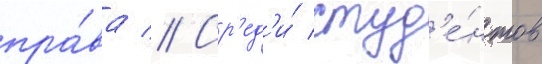
пра́ва // Ср'ед'и́ студ'е́нтов